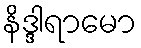
နိဒ္ဒါရာမော